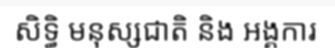
សិទ្ធិ មនុស្សជាតិ និង អង្គការ